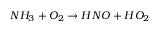
N H _ { 3 } + O _ { 2 } \rightarrow H N O + H O _ { 2 }